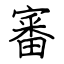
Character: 審